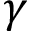
\gamma